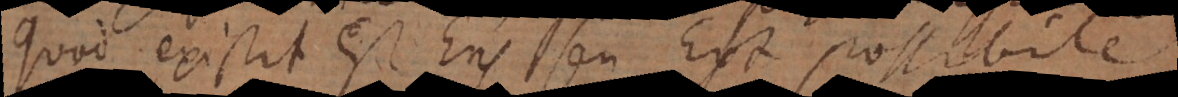
Quod existit est Ens seu Est possibile.